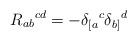
LaTeX: \begin{align*}R_{ab}{}^{cd}=- \delta _{[a}{}^c \delta _{b]}{}^d\end{align*}